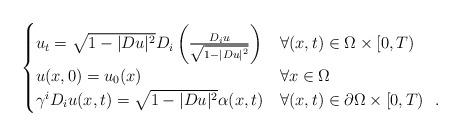
LaTeX: \begin{align*}\begin{cases}u_t= \sqrt{1-|Du|^2} D_i \left( \frac{ D_i u }{\sqrt{1- |Du|^2}} \right) & \forall ({x},t) \in \Omega \times [0,T)\\u({x}, 0)=u_0({x}) & \forall {x} \in \Omega\\\gamma^i D_iu ({x},t) = \sqrt{1-|Du|^2}\alpha(x,t) & \forall ({x},t) \in \partial \Omega \times [0,T)\ \ .\end{cases}\end{align*}